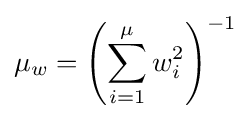
\mu _{w}=\left(\sum _{i=1}^{\mu }w_{i}^{2}\right)^{-1}